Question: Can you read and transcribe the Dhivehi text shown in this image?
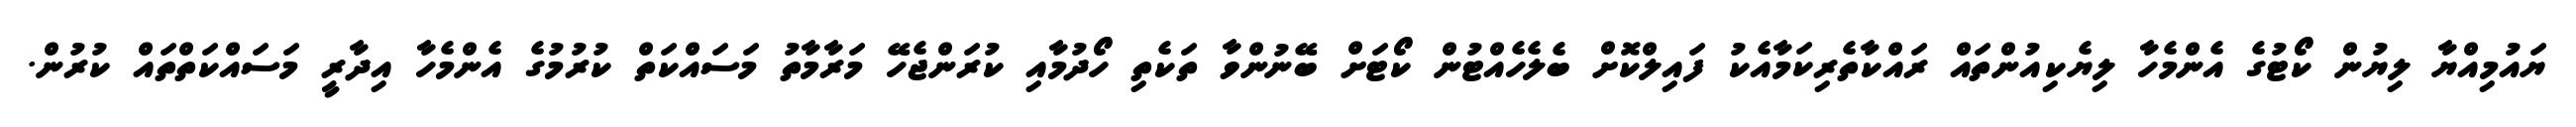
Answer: ޔައުމިއްޔާ ލިޔުން ކޯޓުގެ އެންމެހާ ލިޔެކިއުންތައް ރައްކާތެރިކަމާއެކު ފައިލްކޮށް ބެލެހެއްޓުން ކޯޓަށް ބޭނުންވާ ތަކެތި ހޯދުމާއި ކުރަންޖެހޭ މަރާމާތު މަސައްކަތް ކުރުމުގެ އެންމެހާ އިދާރީ މަސައްކަތްތައް ކުރުން.